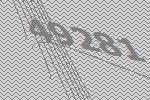
49281